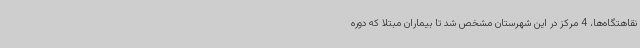
نقاهتگاه‌ها، 4 مرکز در این شهرستان مشخص شد تا بیماران مبتلا که دوره